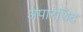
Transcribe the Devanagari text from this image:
अपारथिद